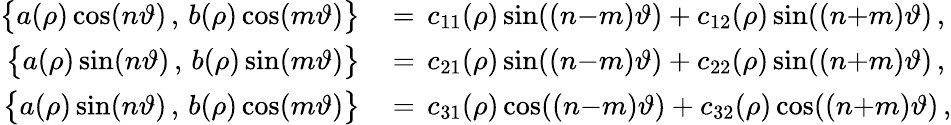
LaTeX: \begin{array}{rl}{\bigl\{ a(\rho)\cos(n\vartheta)\, ,\, b(\rho)\cos(m\vartheta)\bigr\} \, }&{=\, c_{11}(\rho)\sin((n{-}m)\vartheta)+c_{12}(\rho)\sin((n{+}m)\vartheta)\, ,}\\ {\bigl\{ a(\rho)\sin(n\vartheta)\, ,\, b(\rho)\sin(m\vartheta)\bigr\} \, }&{=\, c_{21}(\rho)\sin((n{-}m)\vartheta)+c_{22}(\rho)\sin((n{+}m)\vartheta)\, ,}\\ {\bigl\{ a(\rho)\sin(n\vartheta)\, ,\, b(\rho)\cos(m\vartheta)\bigr\} \, }&{=\, c_{31}(\rho)\cos((n{-}m)\vartheta)+c_{32}(\rho)\cos((n{+}m)\vartheta)\, ,}\end{array}